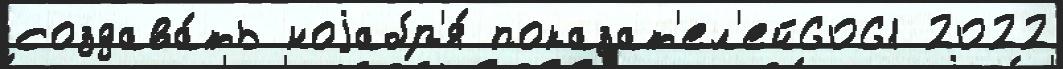
создава́ть ноjабр'я́ показат'ел'ей6061 2022